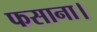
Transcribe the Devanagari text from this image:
फसाना।